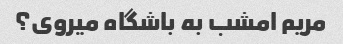
مریم امشب به باشگاه میروی؟